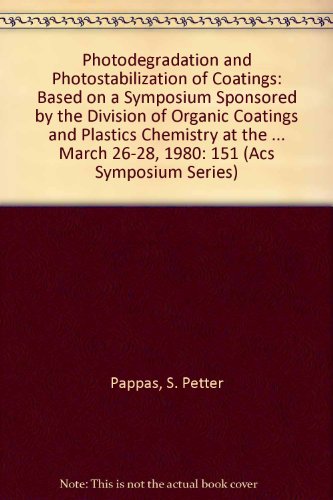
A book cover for Photodegradation and Photostabilization of Coatings (Acs Symposium Series); S. Petter Pappas; Science & Math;